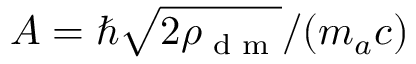
A = \hbar \sqrt { 2 \rho _ { \textrm { d m } } } / ( m _ { a } c )